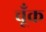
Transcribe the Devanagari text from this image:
चूँक